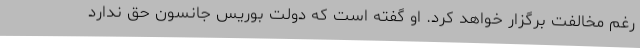
رغم مخالفت برگزار خواهد کرد. او گفته است که دولت بوریس جانسون حق ندارد